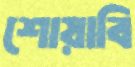
শোয়াবি